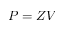
P = Z V